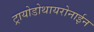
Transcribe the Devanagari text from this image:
ट्रायोडोथायरोनाईन